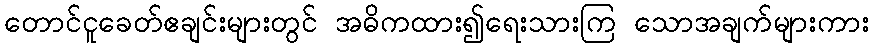
တောင်ငူခေတ်ဧချင်းများတွင် အဓိကထား၍ရေးသားကြ သောအချက်များကား